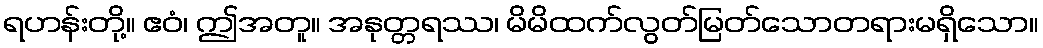
ရဟန်းတို့။ ဧဝံ၊ ဤအတူ။ အနုတ္တရဿ၊ မိမိထက်လွတ်မြတ်သောတရားမရှိသော။